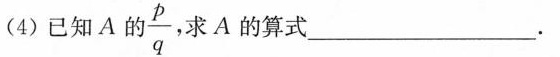
(4)已知A的\frac{p}{q}求A的算式___